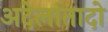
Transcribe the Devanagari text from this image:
अदेलांतादो